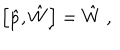
LaTeX: \left[ \hat { p } , \hat { W } \right] = \hat { W } \ ,